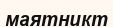
маятникт